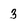
Character: 3